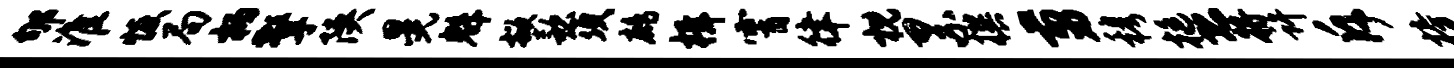
郇淮恢局柄擎陕晃魁掀款须鹧楫霄律枕累撰剪穆挺恐将许斥榜